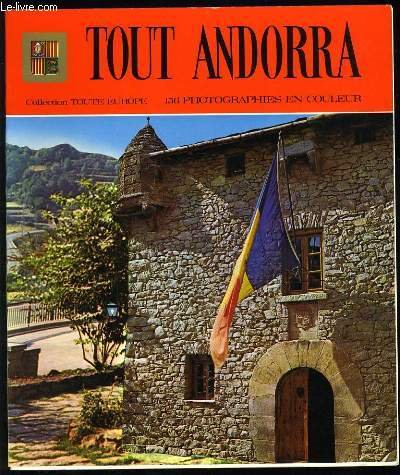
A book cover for Todo Andorra (Coleccion toda Europa ; 1) (Spanish Edition); Ricard Fiter i Vilajoana; Travel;